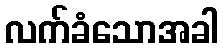
လက်ခံသောအခါ